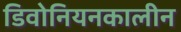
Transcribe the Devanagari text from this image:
डिवोनियनकालीन